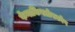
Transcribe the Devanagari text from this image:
फेनाकिस्तोस्कोप